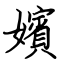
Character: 嬪